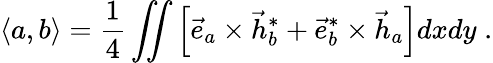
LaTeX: \left<a,b\right>=\frac 14\iint\left[\vec{e}_{a}\times\vec{h}_{b}^{*}+\vec{e}_{b}^{*}\times\vec{h}_{a}\right]dxdy\; .